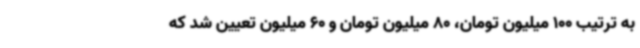
به ترتیب 100 میلیون تومان، 80 میلیون تومان و 60 میلیون تعیین شد که